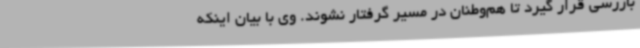
بازرسی قرار گیرد تا هم‌وطنان در مسیر گرفتار نشوند. وی با بیان اینکه